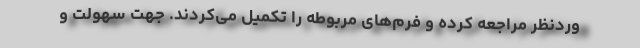
وردنظر مراجعه کرده و فرم‌های مربوطه را تکمیل می‌کردند. جهت سهولت و